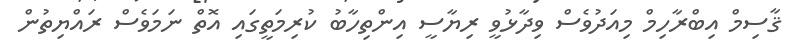
ޤާސިމް އިބްރާހިމް މިއަދުވެސް ވިދާޅުވީ ރިޔާސީ އިންތިހާބު ކުރިމަތީގައި އޮތް ނަމަވެސް ރައްޔިތުން